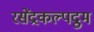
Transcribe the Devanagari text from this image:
रसेंद्रकल्पद्रुम